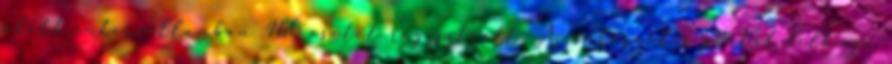
adott intervallumban 460 esetet regisztrált. Az internetes portál felhívja